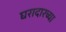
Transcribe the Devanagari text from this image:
घरादारच्या